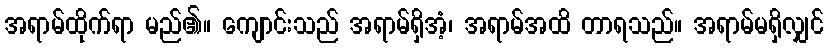
အရာမ်ထိုက်ရာ မည်၏။ ကျောင်းသည် အရာမ်ရှိအံ့၊ အရာမ်အထိ တာရသည်။ အရာမ်မရှိလျှင်